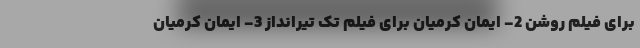
برای فیلم روشن 2- ایمان کرمیان برای فیلم تک تیرانداز 3- ایمان کرمیان